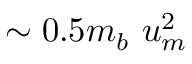
\sim 0 . 5 m _ { b } \ u _ { m } ^ { 2 }